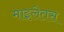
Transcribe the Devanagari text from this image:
माइलेतस